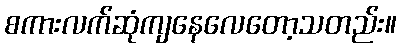
စကားလက်ဆုံကျနေလေတော့သတည်း။